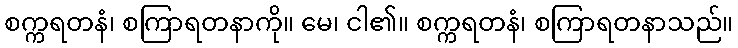
စက္ကရတနံ၊ စကြာရတနာကို။ မေ၊ ငါ၏။ စက္ကရတနံ၊ စကြာရတနာသည်။